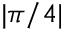
| \pi / 4 |